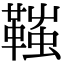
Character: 䩶